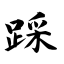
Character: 踩